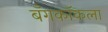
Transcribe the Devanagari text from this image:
बँगकॉकला